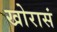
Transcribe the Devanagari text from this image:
खोरासं